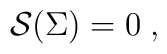
\mathcal{S(}\Sigma \mathcal{)=\;}0\;,